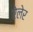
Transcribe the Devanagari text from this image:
ऐलेर